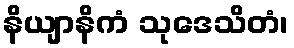
နိယျာနိကံ သုဒေသိတံ၊